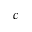
^ { c }